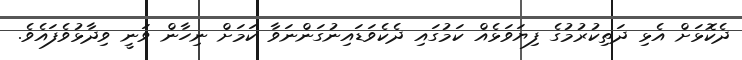
ދެކޮޅަށް އެޅި ދަތިކުރުމުގެ ފިޔަވަޅެއް ކަމުގައި ދެކެވަޑައިނުގަންނަވާ ކަމަށް ނިހާން ވަނީ ވިދާޅުވެފައެވެ.